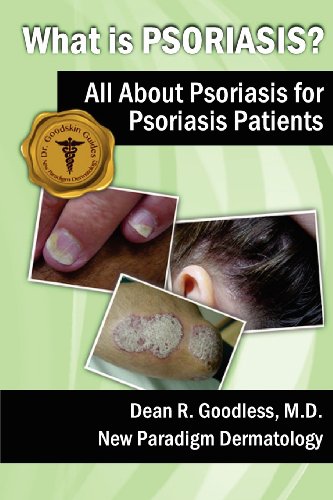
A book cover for What is Psoriasis?: All About Psoriasis for Psoriasis Patients; Dean R Goodless MD; Health, Fitness & Dieting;